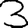
Digit: 3